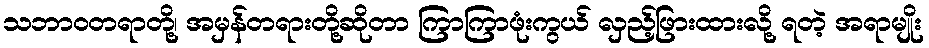
သဘာဝတရာတို့၊ အမှန်တရားတို့ဆိုတာ ကြာကြာဖုံးကွယ် လှည့်ဖြားထားလို့ ရတဲ့ အရာမျိုး